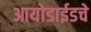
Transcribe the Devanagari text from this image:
आयोडाईडचे